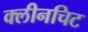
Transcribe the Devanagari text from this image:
क्लीनचिट